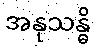
အနုသန္ဓိ